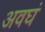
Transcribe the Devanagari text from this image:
अवघं